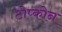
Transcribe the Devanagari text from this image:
टोप्कोन